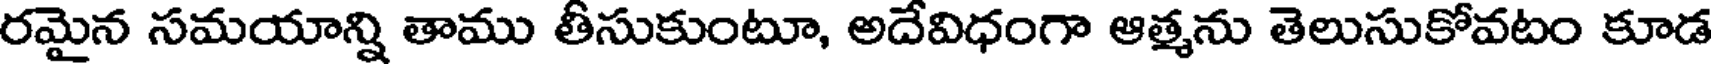
రమైన సమయాన్ని తాము తీసుకుంటూ, అదేవిధంగా ఆత్మను తెలుసుకోవటం కూడ